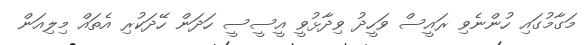
މަގާމުގައި ހުންނެވި ރައީސް ވަހީދު ވިދާޅުވީ އީސީސީ ހަދަން ހޭދަކުރި އެތައް މިލިއަން